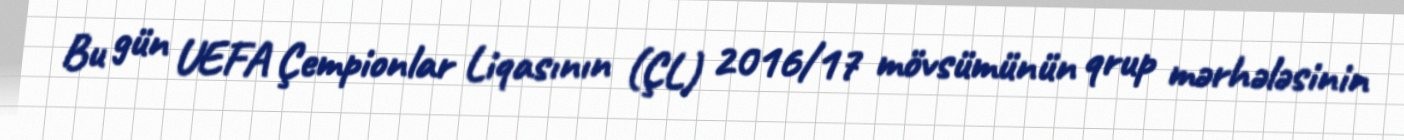
Bu gün UEFA Çempionlar Liqasının (ÇL) 2016/17 mövsümünün qrup mərhələsinin